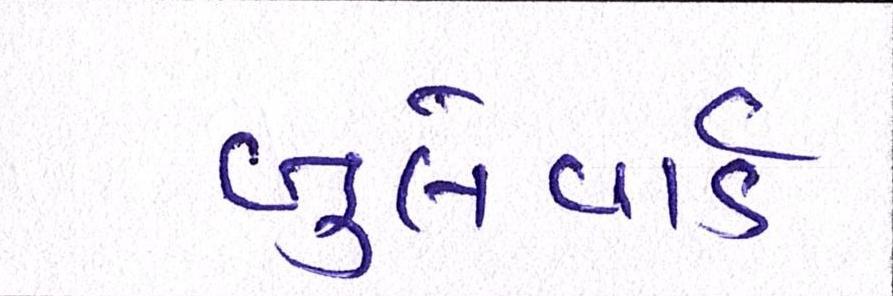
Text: બુલેવાર્ડ